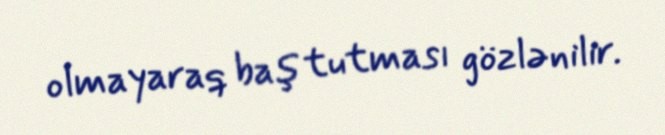
olmayaraq baş tutması gözlənilir.